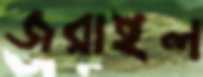
জরাইল